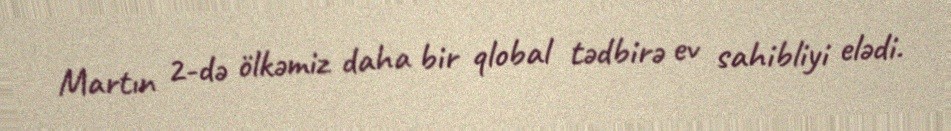
Martın 2-də ölkəmiz daha bir qlobal tədbirə ev sahibliyi elədi.